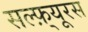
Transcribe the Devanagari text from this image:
सल्फ़्यूरस